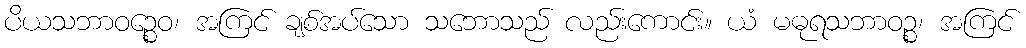
ပိယသဘာဝဉ္စေဝ၊ အကြင် ချစ်အပ်သော သဘောသည် လည်းကောင်း။ ယံ မဓုရသဘာဝဉ္စ၊ အကြင်